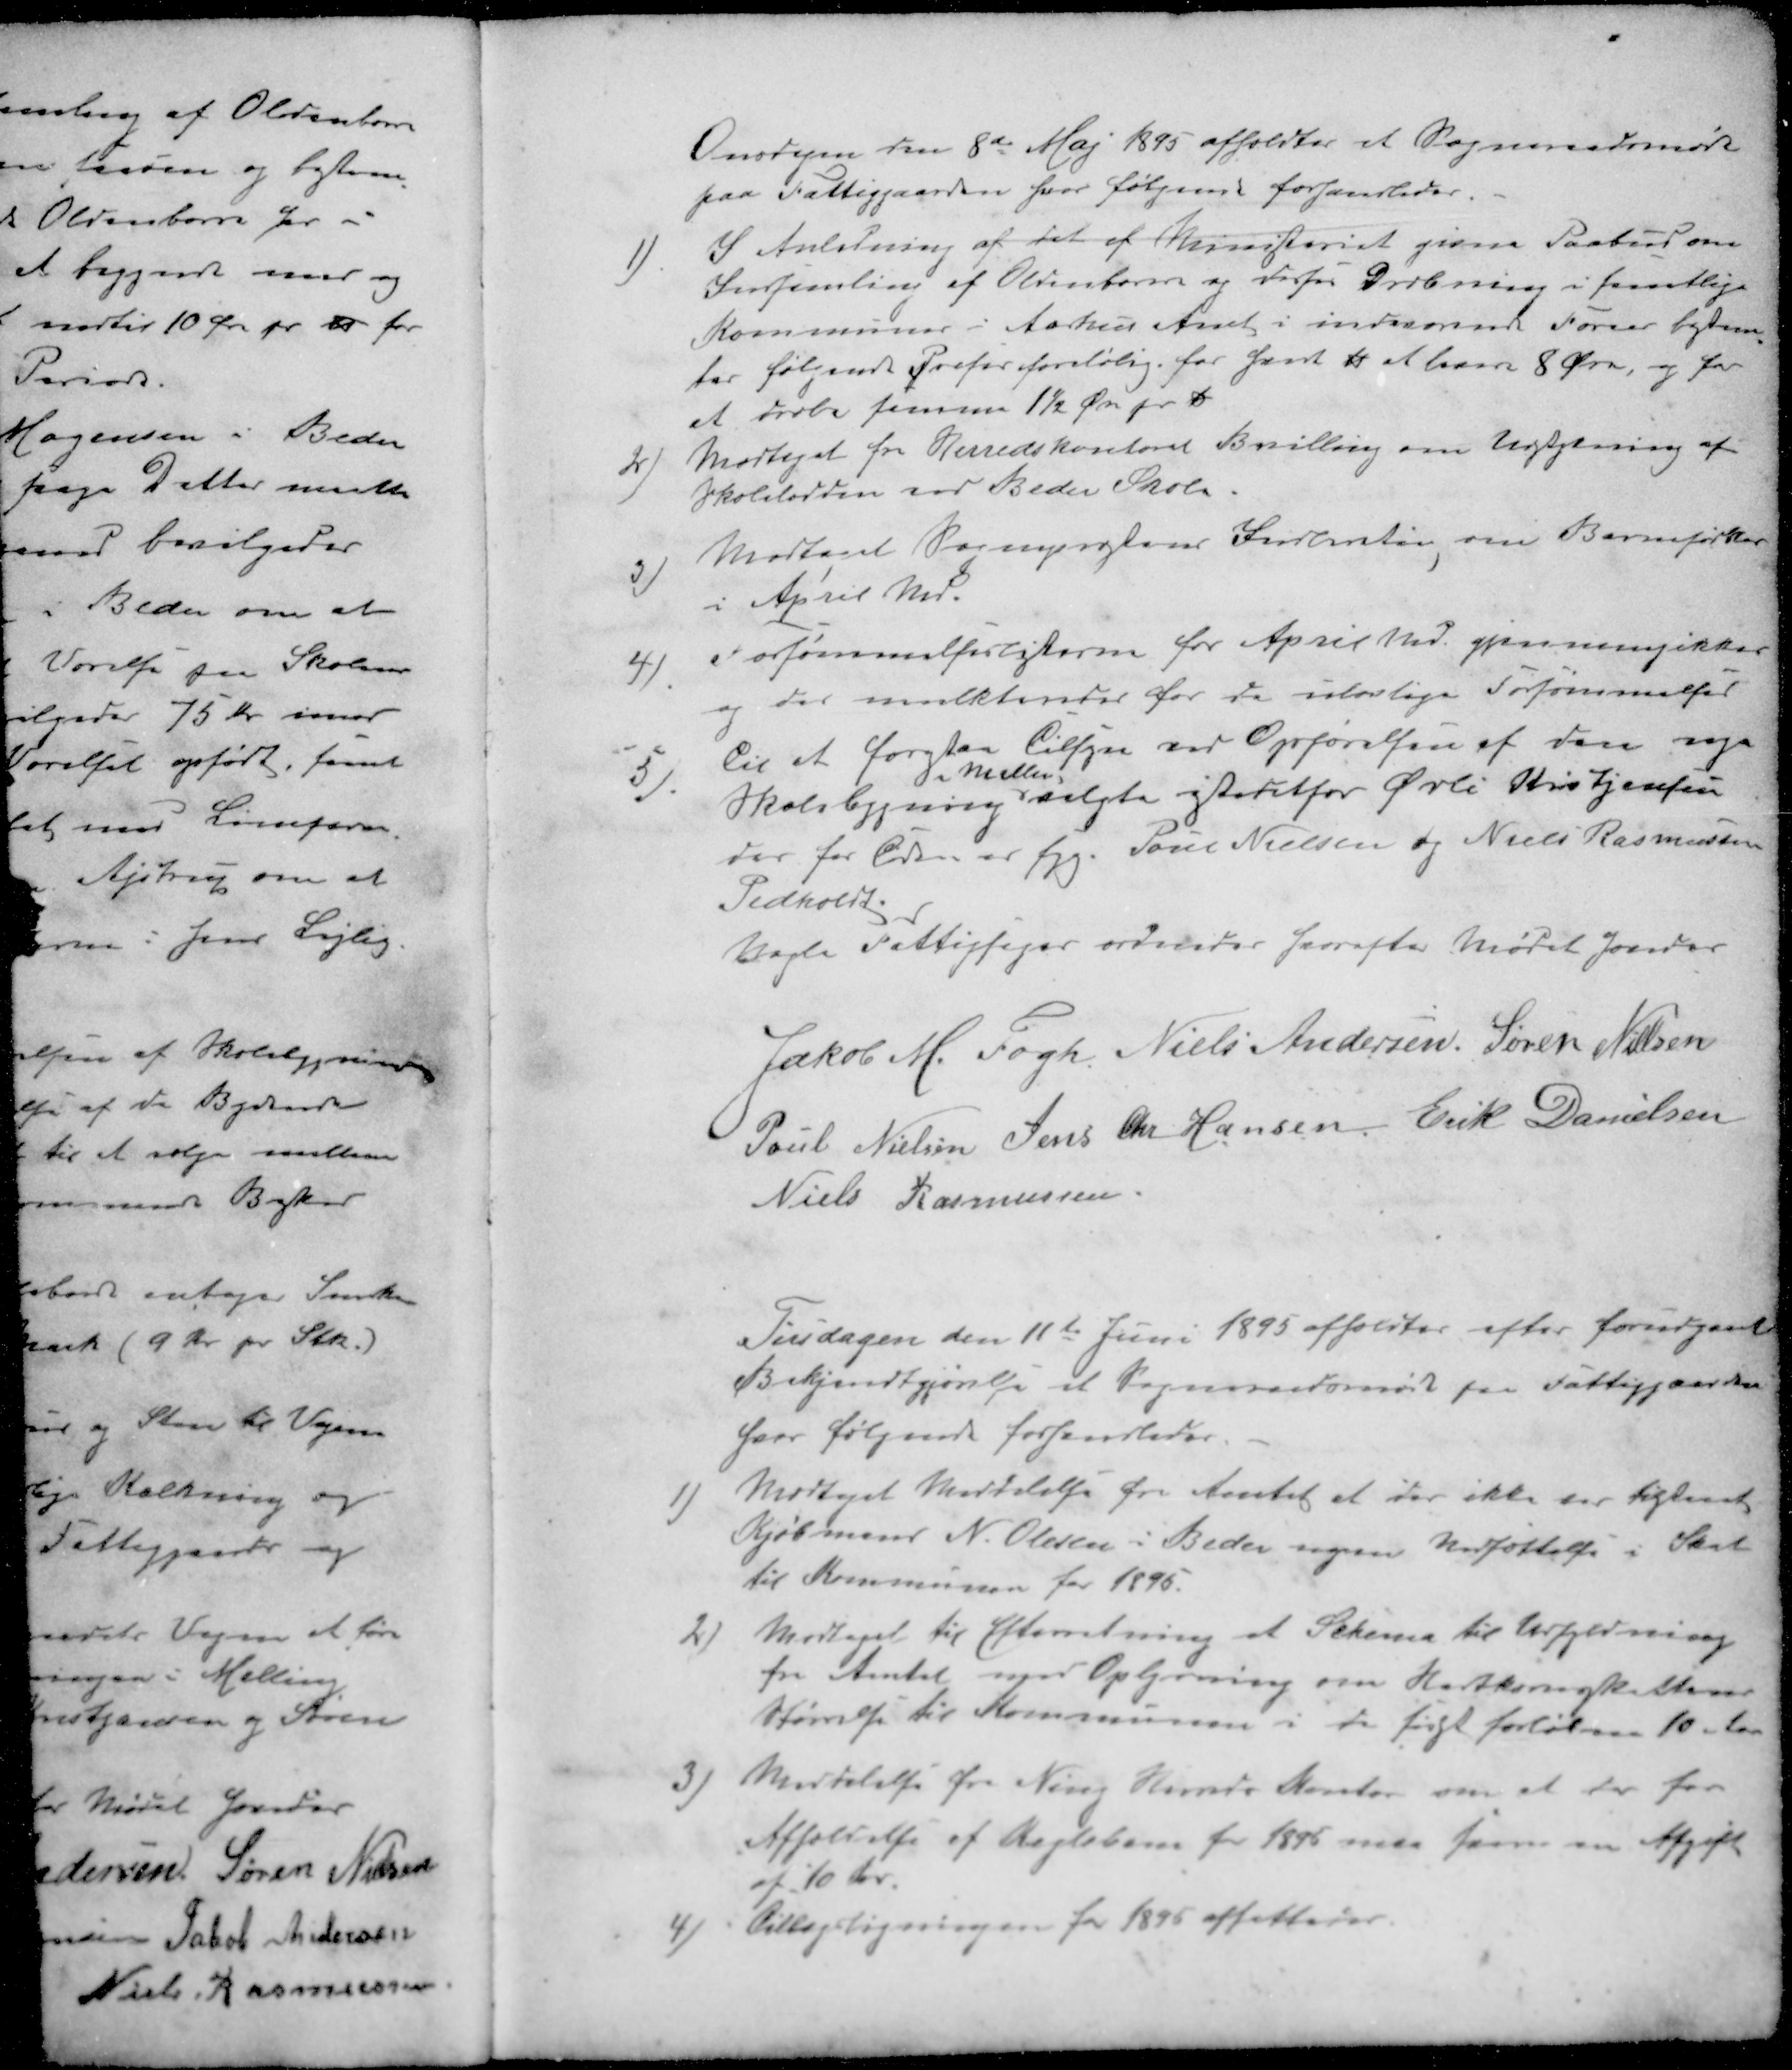
Transskription:
Onsdagen den 8d Maj 1895 afholdtes et Sogneraadsmøde
paa Fattiggaarden hvor følgende forhandledes.
1 ) I Anledning af det af Ministeriet givne Paabud om
Indsamling af Oldenborrer og derfor Dræbning i samtlige
Kommuner i Aarhus Amt i indeværende Foraar bestem-
tes følgende Priser foreløbig for hvert lbs at hæve 8 Øre, og for
at dræbe samme 1½ Øre pr lbs
2 ) Modtaget fra Herredskontoret Bevilling om Udbytning af
Skolelodden ved Beder Skole.
3 ) Modtaget Sognepræstens Indberetning om Barnefødsler
i April Md.
4 ) Forsømmelseslisterne for April Md. gjennemgikkes
og der mulkteredes for de ulovlige Forsømmelser
5 ) til at forestaa tilsyn ved Opførelsen af den nye
i Malling
Skolebygning valgte istedetfor Øvli Kristjansen
der for Tiden er syg Poul Nielsen og Niels Rasmussen
Pedholdt.
Nogle Fattigsager ordnedes hvorefter Mødet hævedes
Jakob M Fogh
Niels Andersen
Søren Nielsen
Poul Nielsen
Jens Chr Hansen
Erik Danielsen
Niels Rasmussen
Tirsdagen den 11te Juni 1895 afholdtes efter forudgaaet
Bekjendtgjørelse et Sogneraadsmøde paa Fattiggaarden
hvor følgende forhandledes.
1 ) Modtaget Meddelelse fra Amtet at der ikke var tiltaaet
Kjøbmand N. Olesen i Beder nogen Nedsættelse i Skat
til Kommunen for 1895.
2 ) Modtaget til Efterretning et Skema til Udfyldning
fra Amtet med Oplysning om Hartkornsskattens
størrelse til Kommunen i de først forløbne 10 Aar
3 ) Meddelelse fra Ning Herreds Kontor om at der for
Afholdelse af Keglebane for 1895 maa svares en Afgift
af 10 Kr.
4 ) tillægsligningen for 1895 affattedes.